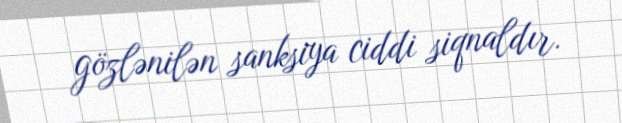
gözlənilən sanksiya ciddi siqnaldır.